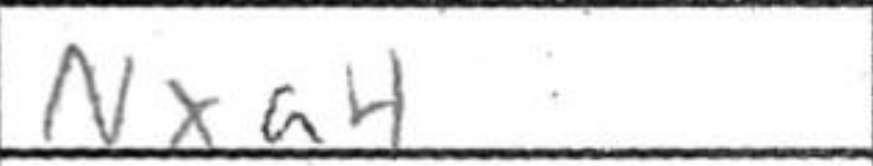
Transcription: Nxa4